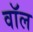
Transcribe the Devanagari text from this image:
वाॅल